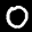
Label: 0